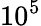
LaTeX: \mathrm{10^{5}}